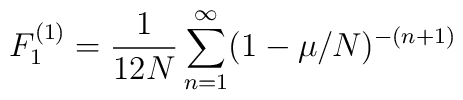
F_1^{(1)} =  {1 \over 12 N}  \sum_{n=1}^{\infty} ( 1 - \mu / N)^{- (n + 1)}